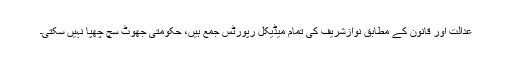
عدالت اور قانون کے مطابق نوازشریف کی تمام میڈیکل رپورٹس جمع ہیں، حکومتی جھوٹ سچ چھپا نہیں سکتی۔